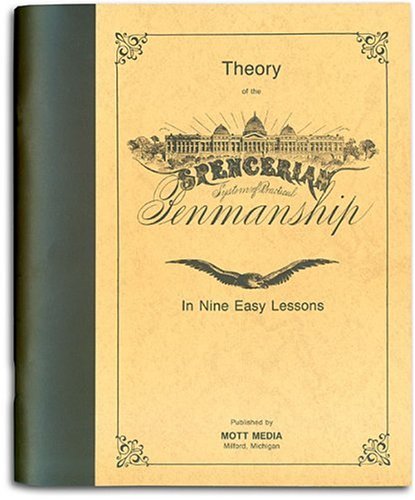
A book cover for Spencerian Penmanship (Theory Book); Platt Rogers Spencer; Reference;